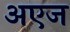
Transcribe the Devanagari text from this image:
अएज